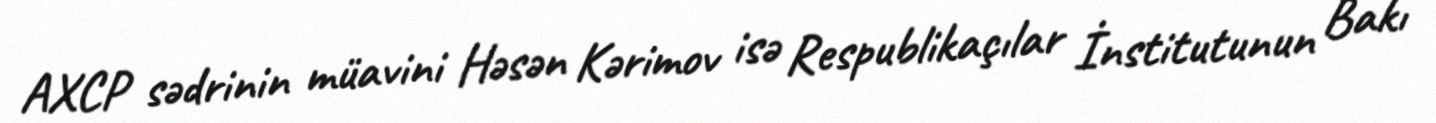
AXCP sədrinin müavini Həsən Kərimov isə Respublikaçılar İnstitutunun Bakı